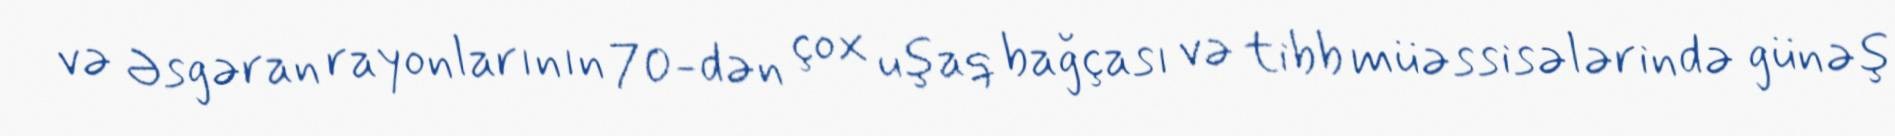
və Əsgəran rayonlarının 70-dən çox uşaq bağçası və tibb müəssisələrində günəş